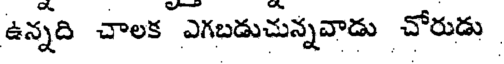
ఉన్నది చాలక ఎగబడుచున్నవాడు చోరుడు